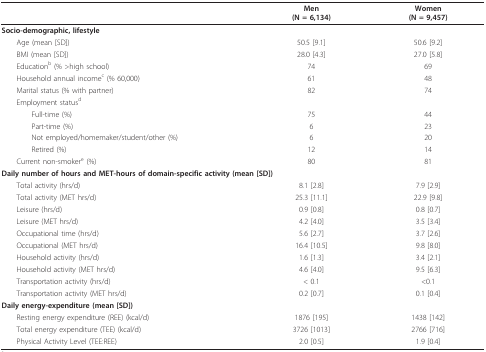
<table><thead><tr><td></td><td><b>Men(N = 6,134)</b></td><td><b>Women(N = 9,457)</b></td></tr></thead><tbody><tr><td><b>Socio-demographic, lifestyle</b></td><td></td><td></td></tr><tr><td> Age (mean [SD])</td><td>50.5 [9.1]</td><td>50.6 [9.2]</td></tr><tr><td> BMI (mean [SD])</td><td>28.0 [4.3]</td><td>27.0 [5.8]</td></tr><tr><td> Education<sup>b </sup>(% &gt;high school)</td><td>74</td><td>69</td></tr><tr><td> Household annual income<sup>c </sup>(% 60,000)</td><td>61</td><td>48</td></tr><tr><td> Marital status (% with partner)</td><td>82</td><td>74</td></tr><tr><td> Employment status<sup>d</sup></td><td></td><td></td></tr><tr><td>Full-time (%)</td><td>75</td><td>44</td></tr><tr><td>Part-time (%)</td><td>6</td><td>23</td></tr><tr><td>Not employed/homemaker/student/other (%)</td><td>6</td><td>20</td></tr><tr><td>Retired (%)</td><td>12</td><td>14</td></tr><tr><td> Current non-smoker<sup>e </sup>(%)</td><td>80</td><td>81</td></tr><tr><td colspan="3"><b>Daily number of hours and MET-hours of domain-specific activity (mean [SD])</b></td></tr><tr><td> Total activity (hrs/d)</td><td>8.1 [2.8]</td><td>7.9 [2.9]</td></tr><tr><td> Total activity (MET hrs/d)</td><td>25.3 [11.1]</td><td>22.9 [9.8]</td></tr><tr><td> Leisure (hrs/d)</td><td>0.9 [0.8]</td><td>0.8 [0.7]</td></tr><tr><td> Leisure (MET hrs/d)</td><td>4.2 [4.0]</td><td>3.5 [3.4]</td></tr><tr><td> Occupational time (hrs/d)</td><td>5.6 [2.7]</td><td>3.7 [2.6]</td></tr><tr><td> Occupational (MET hrs/d)</td><td>16.4 [10.5]</td><td>9.8 [8.0]</td></tr><tr><td> Household activity (hrs/d)</td><td>1.6 [1.3]</td><td>3.4 [2.1]</td></tr><tr><td> Household activity (MET hrs/d)</td><td>4.6 [4.0]</td><td>9.5 [6.3]</td></tr><tr><td> Transportation activity (hrs/d)</td><td>&lt; 0.1</td><td>&lt;0.1</td></tr><tr><td> Transportation activity (MET hrs/d)</td><td>0.2 [0.7]</td><td>0.1 [0.4]</td></tr><tr><td><b>Daily energy-expenditure (mean [SD])</b></td><td></td><td></td></tr><tr><td> Resting energy expenditure (REE) (kcal/d)</td><td>1876 [195]</td><td>1438 [142]</td></tr><tr><td> Total energy expenditure (TEE) (kcal/d)</td><td>3726 [1013]</td><td>2766 [716]</td></tr><tr><td> Physical Activity Level (TEE:REE)</td><td>2.0 [0.5]</td><td>1.9 [0.4]</td></tr></tbody></table>